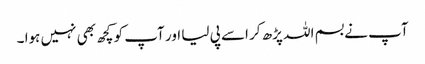
آپ نے بسم اللہ پڑھ کر اسے پی لیا اور آپ کو کچھ بھی نہیں ہوا ۔